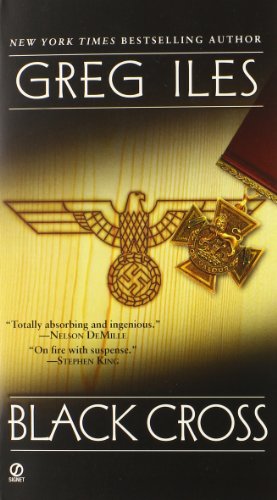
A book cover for Black Cross; Greg Iles; Mystery, Thriller & Suspense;